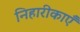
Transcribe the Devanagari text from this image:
निहारीकाएँ